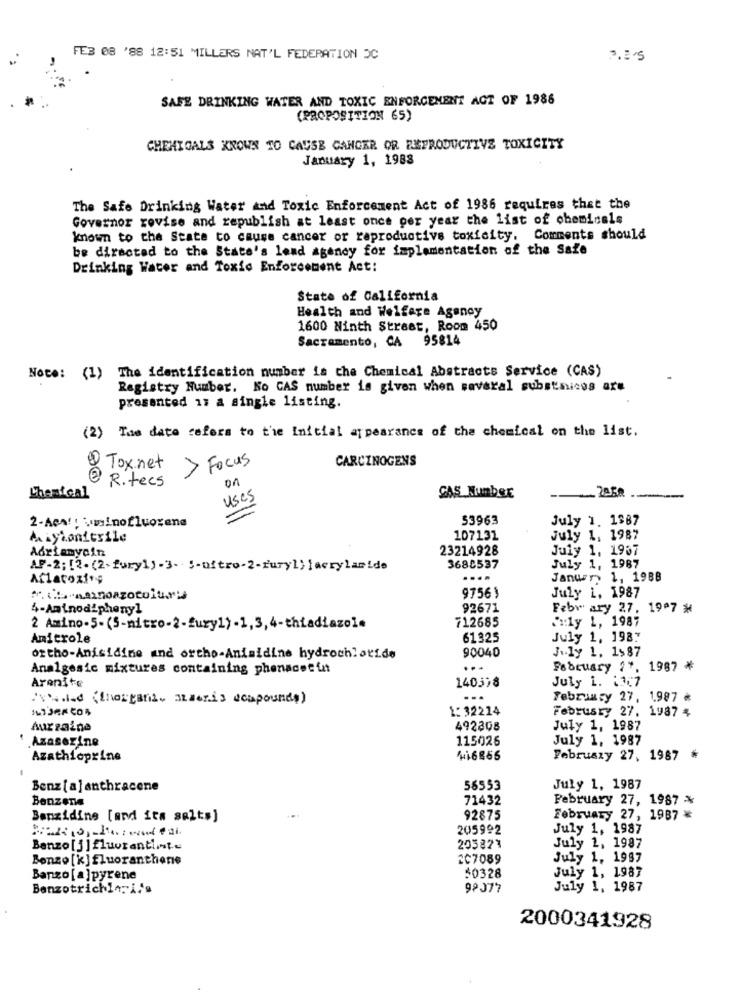
FE3 08 '88 12:51 MILLERS NAT'L FEDERATION DC
SAFE DRINKING WATER AND TOXIC ENFORCEMENT ACT OF 1986
(PROPOSITION 65)
CHEMICALS KNOWN TO CAUSE CANCER OR REPRODUCTIVE TOXICITY
January 1, 1988
The Safe Drinking Water and Toxic Enforcement Act of 1986 requires that the
Governor revise and republish at least once per year the list of chemicals
known to the State to cause cancer or reproductive toxicity. Comments should
be directed to the State's lend agency for implementation of the Safe
Drinking Water and Toxic Enforcement Act:
State of California
Health and Welfare Agency
1600 Ninth Street, Room 450
Sacramento, CA 95814
Note: (1) The identification number is che Chemical Abstracts Service (CAS)
Registry Number. Ko CAS number is given when saveral substmicos are
presented 1: a single listing.
(2) The date refers to the Initial appearance of the chemical on the list.
> Focus
CARCINOGENS
@ Tox.net
R. tecs
on
Chemical
uses
CAS Number
-- 2858
-
2-Aca !! vminofluorena
53963
July 1. 1987
Aiyionitrile
107131
July 1, 1987
Adriamycin
23214928
July 1, 1967
AP-2; [2.(2-fury]) -3- 5-oftro-2-furyl; lacrylamide
3680537
July 1, 1987
Aflatoxins
....
Janur> 1, 1988
97561
July i, 1987
4-Aminodiphenyl
92671
Febr ary 27, 1997 *
712685
" :: ly L, 1987
2 Amino-5-(5-nitro-2-fury1)-1, 3,4-thiadiazole
Amicrole
61325
July 1, 1987
90040
July 1, 1>87
ortho-Anisidine and ortho-Animidine hydrochloride
Analgesic mixtures containing phenacet unt
February ?*.
1987 *
Arenite
July 1. 11;7
140398
'Vedad (fhorganii. aLaeris acapounds)
...
February 27, 1,987 *
1:32214
February 27. 1987 4
Auzzaine
492308
July 1, 1987
.Azaserine
115026
July 1, 1987
Azathioprine
416865
Februszy 27, 1987 *
Benz[a]anthracene
56553
July 1, 1987
Benzene
71432
February 27, 1987 *
Benzidine [and ita salt»]
92875
February 27, 1987 *
205992
July 1, 1987
Benzo [j]fluorantitu
205823
July 1, 1987
Bonzo [k] fluoranthonie
2C7089
July 1, 1987
July 1, 1987
Banzo [a]pyrene
50328
Benzotrichlorifa
98077
July 1, 1987
2000341928